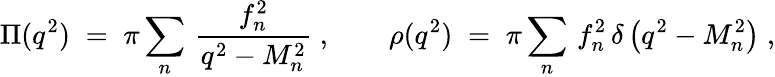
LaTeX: \Pi(q^{2})\; =\; \pi\sum_{n}\, \frac{f_{n}^{2}}{q^{2}-M_{n}^{2}}\; ,\qquad\rho(q^{2})\; =\; \pi\sum_{n}\, f_{n}^{2}\, \delta\left(q^{2}-M_{n}^{2}\right)\; ,